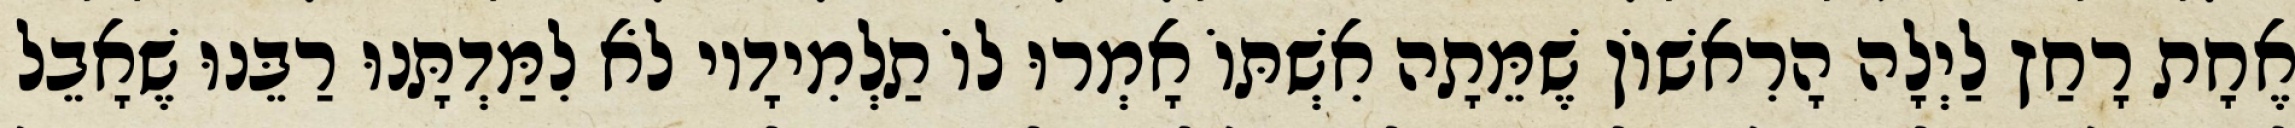
אֶחָת רָחַץ לַיְלָה הָרִאשׁוֹן שֶׁמֵּתָה אִשְׁתּוֹ אָמְרוּ לוֹ תַלְמִידָיו לֹא לִמַּדְתָּנוּ רַבֵּנוּ שֶׁאָבֵל